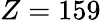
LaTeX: Z=159